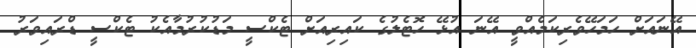
އޭނައަށް ހަމަހޭވެރިކަމެއްވީ އޭނަ އުޅޭ ހޮޓެލުގެ ކައިރިއަށް ޓެކްސީ މަޑުކުރުމާއެކު ޓެކްސީ ޑްރައިވަރު